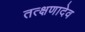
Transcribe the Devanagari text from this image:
तत्क्षणादेव